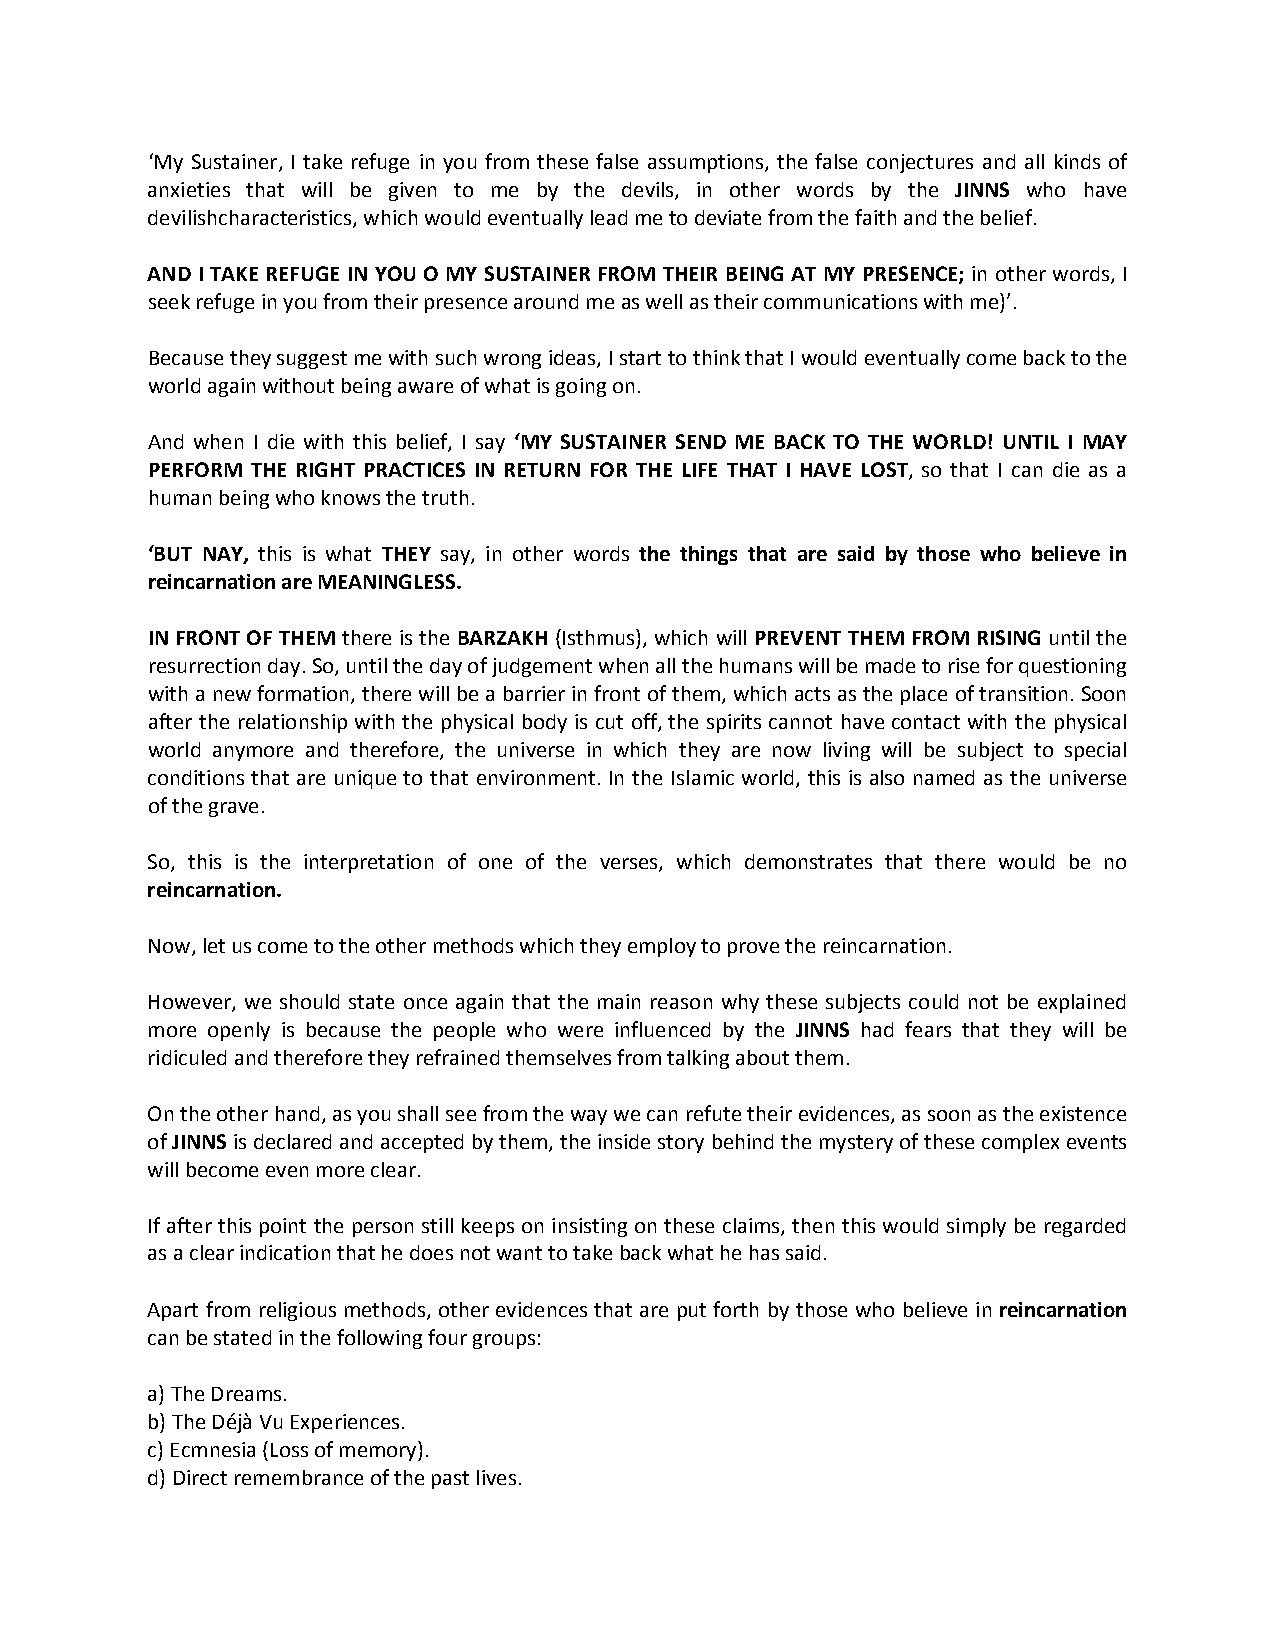
‘My Sustainer, I take refuge in you from these false assumptions, the false conjectures and all kinds of
 anxieties that will be given to me by the devils, in other words by the JINNS who have
 devilishcharacteristics, which would eventually lead me to deviate from the faith and the belief.
 AND I TAKE REFUGE IN YOU O MY SUSTAINER FROM THEIR BEING AT MY PRESENCE; in other words, I
 seek refuge in you from their presence around me as well as their communications with me)’.
 Because they suggest me with such wrong ideas, I start to think that I would eventually come back to the
 world again without being aware of what is going on.
 And when I die with this belief, I say ‘MY SUSTAINER SEND ME BACK TO THE WORLD! UNTIL I MAY
 PERFORM THE RIGHT PRACTICES IN RETURN FOR THE LIFE THAT I HAVE LOST, so that I can die as a
 human being who knows the truth.
 ‘BUT NAY, this is what THEY say, in other words the things that are said by those who believe in
 reincarnation are MEANINGLESS.
 IN FRONT OF THEM there is the BARZAKH (Isthmus), which will PREVENT THEM FROM RISING until the
 resurrection day. So, until the day of judgement when all the humans will be made to rise for questioning
 with a new formation, there will be a barrier in front of them, which acts as the place of transition. Soon
 after the relationship with the physical body is cut off, the spirits cannot have contact with the physical
 world anymore and therefore, the universe in which they are now living will be subject to special
 conditions that are unique to that environment. In the Islamic world, this is also named as the universe
 of the grave.
 So, this is the interpretation of one of the verses, which demonstrates that there would be no
 reincarnation.
 Now, let us come to the other methods which they employ to prove the reincarnation.
 However, we should state once again that the main reason why these subjects could not be explained
 more openly is because the people who were influenced by the JINNS had fears that they will be
 ridiculed and therefore they refrained themselves from talking about them.
 On the other hand, as you shall see from the way we can refute their evidences, as soon as the existence
 of JINNS is declared and accepted by them, the inside story behind the mystery of these complex events
 will become even more clear.
 If after this point the person still keeps on insisting on these claims, then this would simply be regarded
 as a clear indication that he does not want to take back what he has said.
 Apart from religious methods, other evidences that are put forth by those who believe in reincarnation
 can be stated in the following four groups:
 a) The Dreams.
 b) The Déjà Vu Experiences.
 c) Ecmnesia (Loss of memory).
 d) Direct remembrance of the past lives.